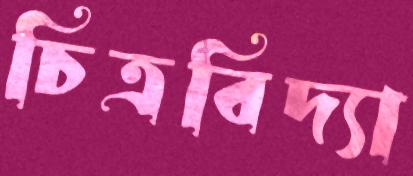
চিত্রবিদ্যা